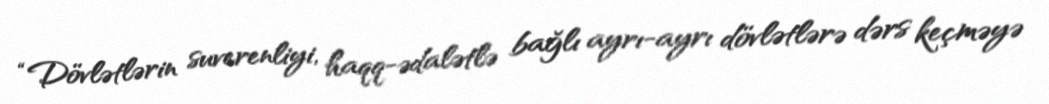
“Dövlətlərin suverenliyi, haqq-ədalətlə bağlı ayrı-ayrı dövlətlərə dərs keçməyə